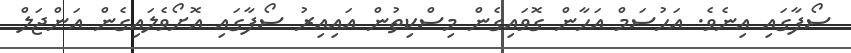
ސޯފާގައި އިނެވެ. އަހުސަމް އަހާން ގޮވައިގެން މިސްކިތުން އައިއިރު ސޯފާގައި އޮށޯވެލައިގެން އަންޖަލް